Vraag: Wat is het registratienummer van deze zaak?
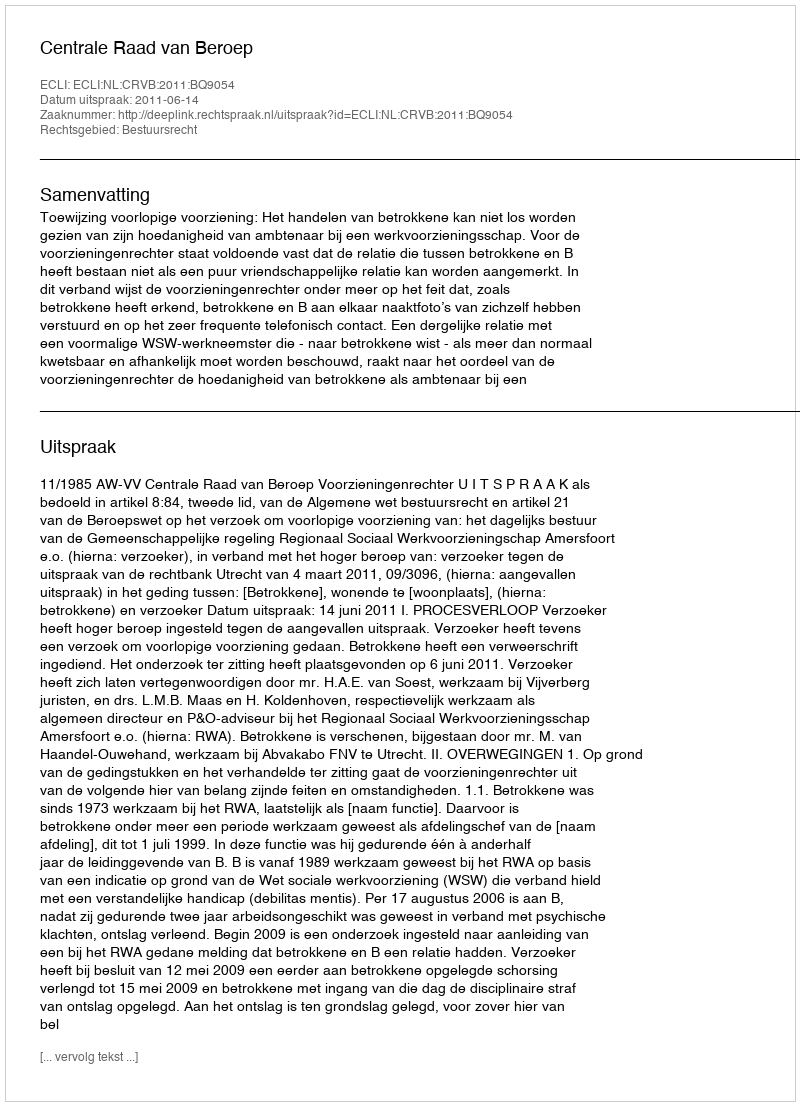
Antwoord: http://deeplink.rechtspraak.nl/uitspraak?id=ECLI:NL:CRVB:2011:BQ9054